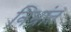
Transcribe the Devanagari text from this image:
निभ्रांत